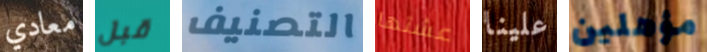
معادي قبل التصنيف عشتها علينا مؤهلين